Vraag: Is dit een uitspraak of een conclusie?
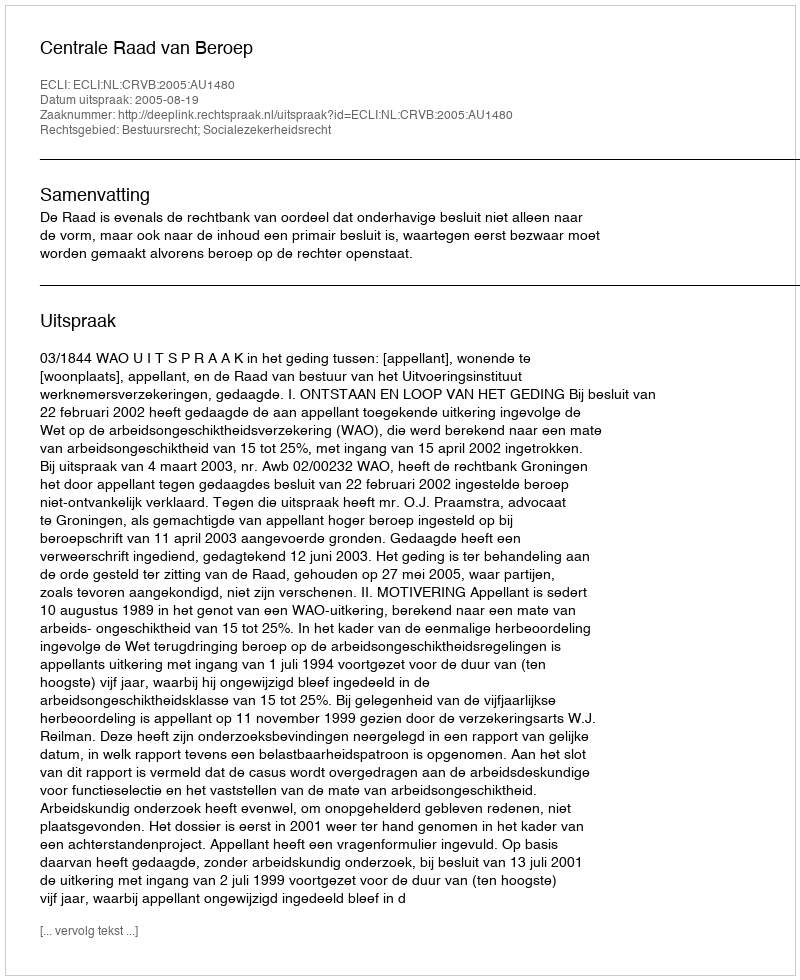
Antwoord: Uitspraak